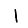
Digit: 1